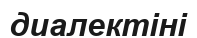
диалектіні